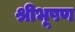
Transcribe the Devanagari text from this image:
श्रीभूषण